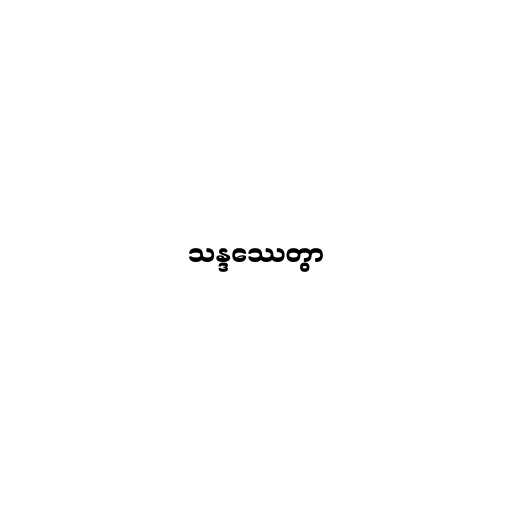
သန္ဒဿေတွာ